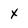
Character: x